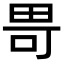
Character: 𪽍